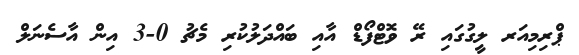
ޕްރިމިއަރ ލީގުގައި ރޭ ވޮޓްފޯޑް އާއި ބައްދަލުކުރި މެޗު 0-3 އިން އާސެނަލް